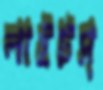
লাইটস্